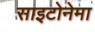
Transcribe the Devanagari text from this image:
साइटोनेमा